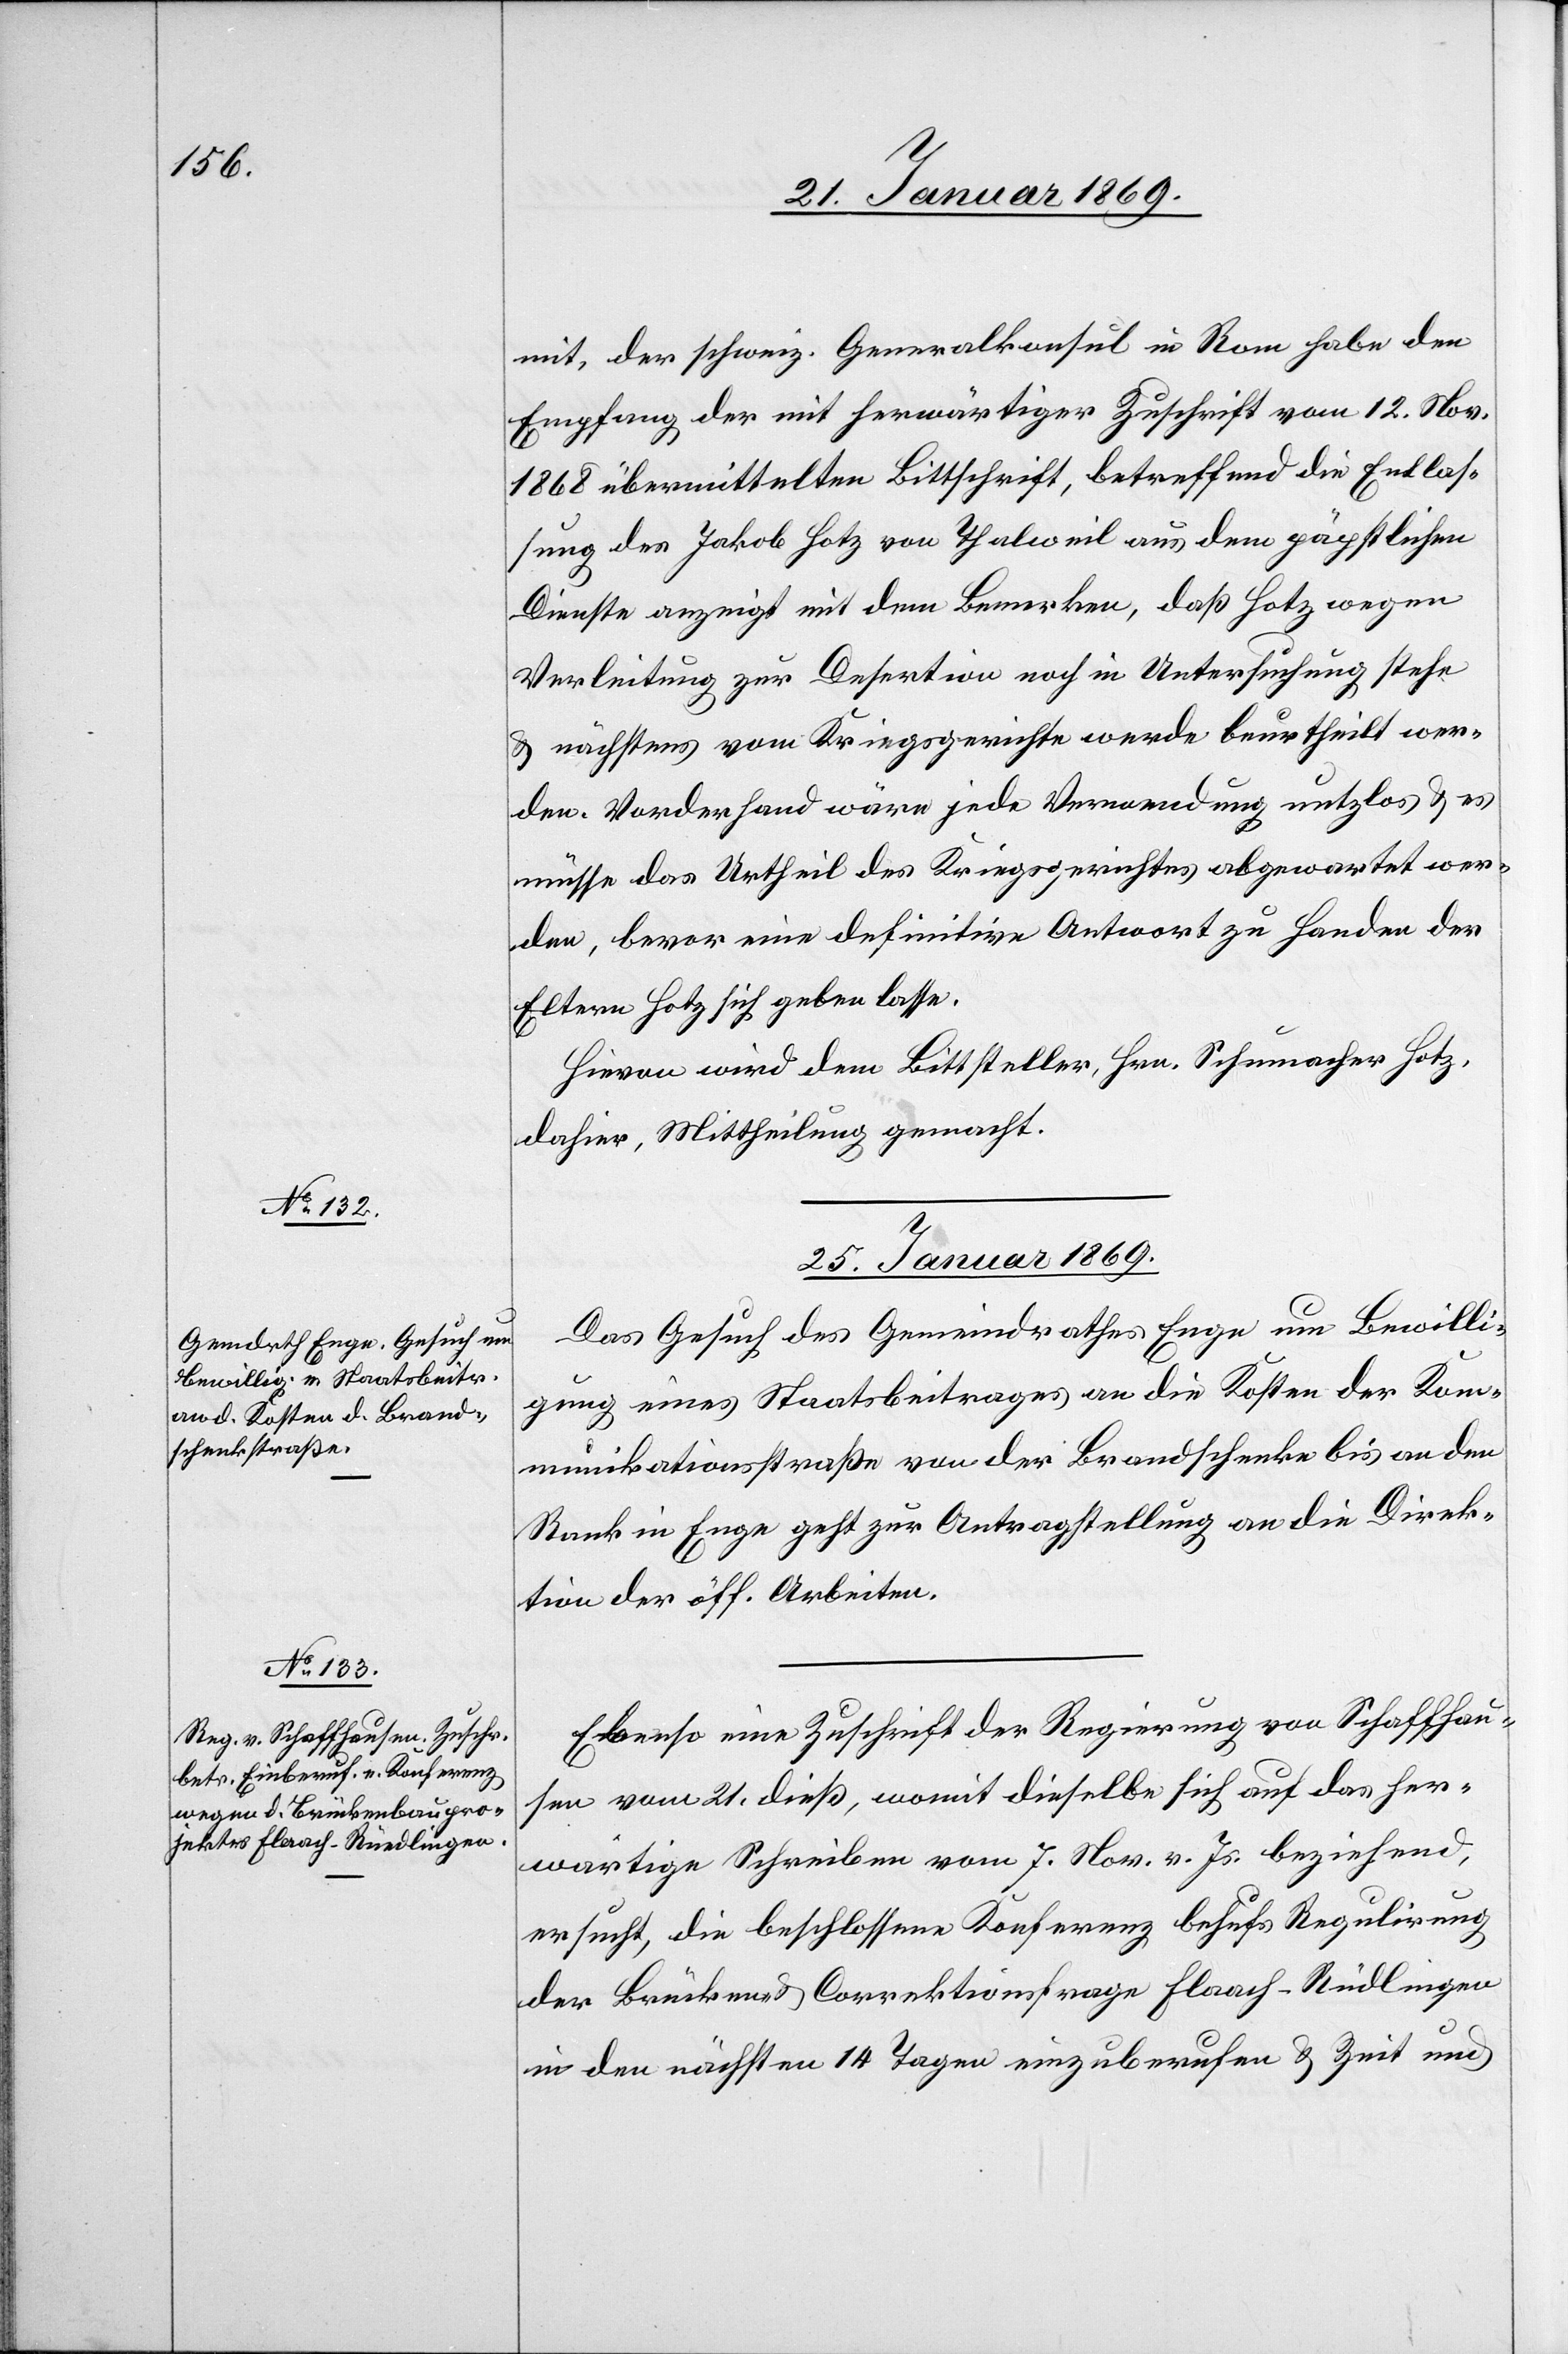
mit, der schweiz. Generalkonsul in Rom habe den
Empfang der mit herwärtiger Zuschrift vom 12. Nov.
1868 übermittelten Bittschrift, betreffend die Entlas¬
sung des Jakob Hotz von Thalweil aus dem päpstlichen
Dienste anzeigt [sic!] mit dem Bemerken, daß Hotz wegen
Verleitung zur Desertion noch in Untersuchung stehe
& nächstens vom Kriegsgerichte werde beurtheilt wer¬
den. Vorderhand wäre jede Verwendung nutzlos & es
müsse das Urtheil des Kriegsgerichtes abgewartet wer¬
den, bevor eine definitive Antwort zu Handen der
Eltern Hotz sich geben lasse.
Hievon wird dem Bittsteller, Hrn. Schumacher Hotz,
dahier, Mittheilung gemacht.
25. Januar 1869.]
Das Gesuch des Gemeindrathes Enge um Bewilli¬
gung eines Staatsbeitrages an die Kosten der Kom¬
munikationsstraße von der Brandschenke bis an den
Rank in Enge geht zur Antragstellung an die Direk¬
tion der öff. Arbeiten.
Ebenso eine Zuschrift der Regierung von Schaffhau¬
sen vom 21 dieß, womit dieselbe sich auf das her¬
wärtige Schreiben vom 7. Nov. v. Js. beziehend,
ersucht, die beschlossene Konferenz behufs Regulirung
der Brücken- u. Correktionsfrage Flaach–Rüdlingen
in den nächsten 14 Tagen einzuberufen & Zeit und